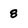
Character: 8